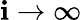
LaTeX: \mathbf{i}\to\infty